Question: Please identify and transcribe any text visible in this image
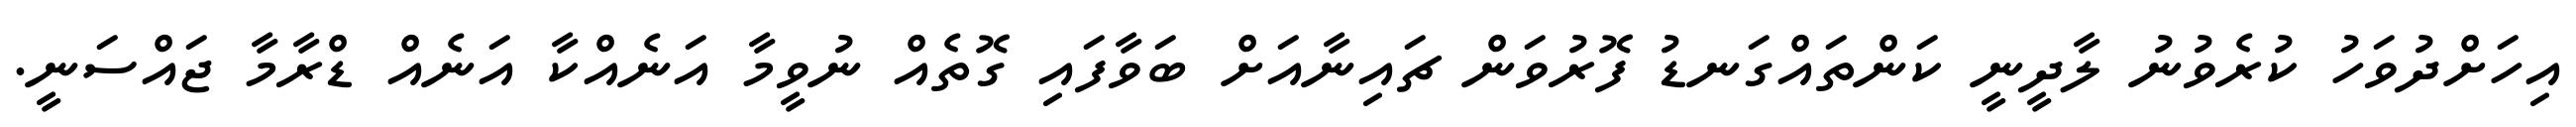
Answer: އިހަށްދުވަހު ކުރެވުނު ލާދީނީ ކަންތައްގަނޑު ފޮރުވަން ޗައިނާއަށް ބަވާފައި ގޮތެއް ނުވީމާ އަނެއްކާ އަނެއް ޑްރާމާ ޖައްސަނީ.